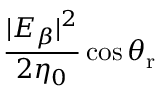
\frac { | E _ { \beta } | ^ { 2 } } { 2 \eta _ { 0 } } \cos \theta _ { \mathrm { r } }